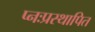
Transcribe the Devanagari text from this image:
प्नःप्रस्थापित